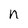
Character: n